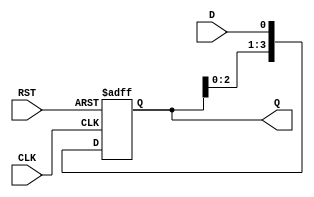
module ShiftRegister (
    input wire D,          // Data input
    input wire CLK,        // Clock input
    input wire RST,        // Asynchronous reset
    output reg [3:0] Q     // Data output (4 bits)
);

    // Shift Register width
    parameter WIDTH = 4;

    // Always block triggered on the rising edge of the clock or reset
    always @(posedge CLK or posedge RST) begin
        if (RST) begin
            // Asynchronous reset: clear the register
            Q <= 4'b0000;
        end else begin
            // Shift operation: shift data to the right
            Q <= {Q[WIDTH-2:0], D}; // Shift left and insert new data at LSB
        end
    end

endmodule